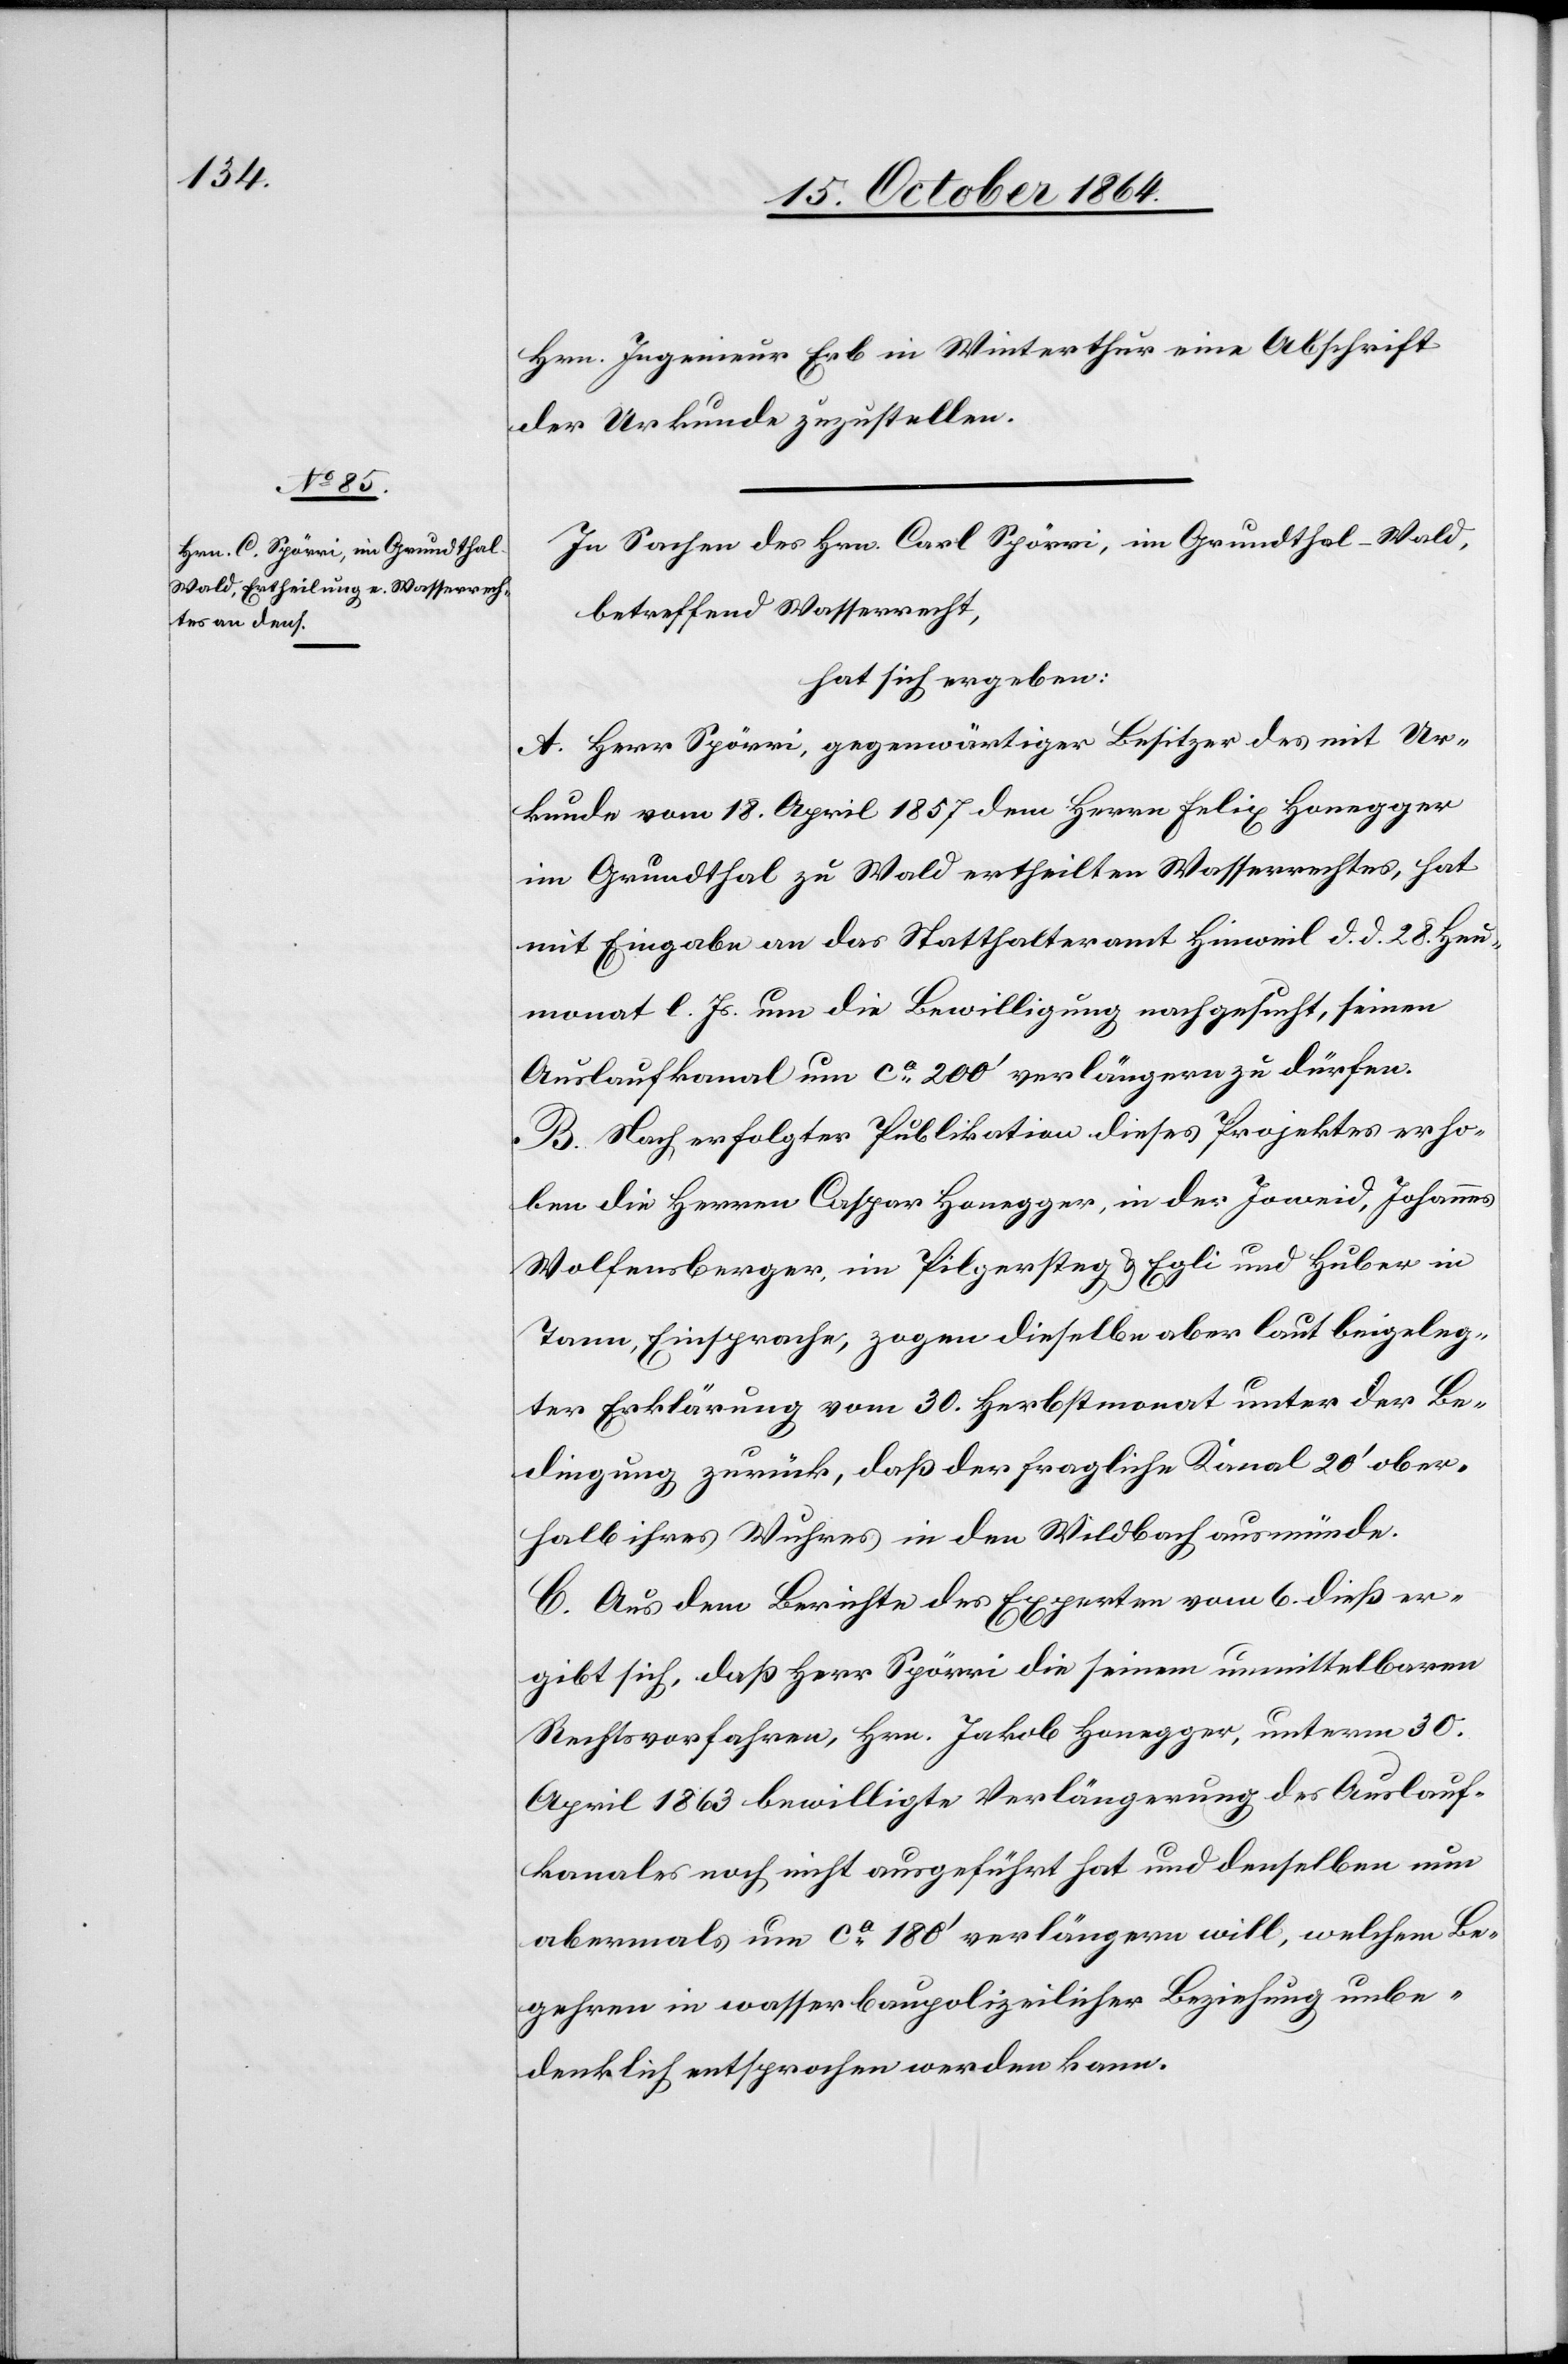
Hrn. Ingenieur Erb in Winterthur eine Abschrift
der Urkunde zuzustellen.
In Sachen des Hrn. Carl Spörri, im Grundthal-Wald,
betreffend Wasserrecht,
hat sich ergeben:
A. Herr Spöri, gegenwärtiger Besitzer des mit Ur¬
kunde vom 18. April 1857 dem Herrn Felix Honegger
im Grundthal zu Wald ertheilten Wasserrechtes, hat
mit Eingabe an das Statthalteramt Hinweil d. d. 28. Heu¬
monat l. Js. um die Bewilligung nachgesucht, seinen
Auslaufkanal um ca 200’ verlängern zu dürfen.
B. Nach erfolgter Publikation dieses Projektes erho¬
ben die Herren Caspar Honegger, in der Joweid, Johannes
Wolfensberger, in Pilgersteg & Egli und Huber in
Tann, Einsprache, zogen dieselben aber laut beigeleg¬
ter Erklärung vom 30. Herbstmonat unter der Be¬
dingung zurück, daß der fragliche Kanal 20’ ober¬
halb ihres Wuhres in den Wildbach ausmünde.
C. Aus dem Berichte des Experten vom 6. dieß er¬
gibt sich, daß Herr Spörri die seinem unmittelbaren
Rechtsvorfahren, Hrn. Jakob Honegger, unterm 30.
April 1863 bewilligte Verlängerung des Auslauf¬
kanales noch nicht ausgeführt hat und denselben nun
abermals um ca 180’ verlängern will, welchem Be¬
gehren in wasserbaupolizeilicher Beziehung unbe¬
denklich entsprochen werden kann.